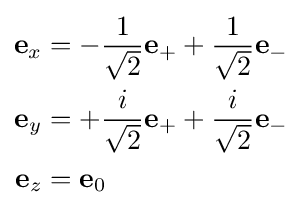
{\begin{aligned}\mathbf {e} _{x}&=-{\frac {1}{\sqrt {2}}}\mathbf {e} _{+}+{\frac {1}{\sqrt {2}}}\mathbf {e_{-}} \\\mathbf {e} _{y}&=+{\frac {i}{\sqrt {2}}}\mathbf {e} _{+}+{\frac {i}{\sqrt {2}}}\mathbf {e_{-}} \\\mathbf {e} _{z}&=\mathbf {e} _{0}\end{aligned}}